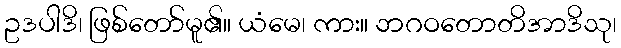
ဥဒပါဒိ၊ ဖြစ်တော်မူ၏။ ယံမေ၊ ကား။ ဘဂဝတောတိအာဒိသု၊